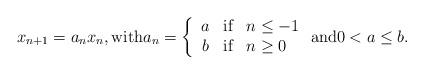
LaTeX: \begin{align*}x_{n+1}=a_{n}x_{n}, \textnormal{with} a_{n}=\left\{\begin{array}{rcl} a & \textnormal{if} & n\leq -1\\ b & \textnormal{if} & n\geq 0 \end{array}\right. \textnormal{and} 0<a\leq b.\end{align*}